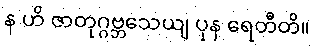
န ဟိ ဇာတုဂ္ဂဗ္ဘသေယျ ပုန ရေတီတိ။